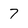
Character: 7